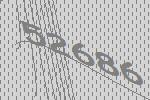
52686